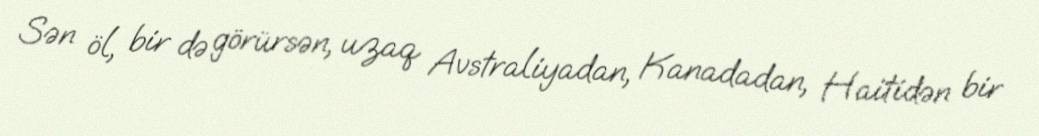
Sən öl, bir də görürsən, uzaq Avstraliyadan, Kanadadan, Haitidən bir